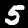
Label: 5